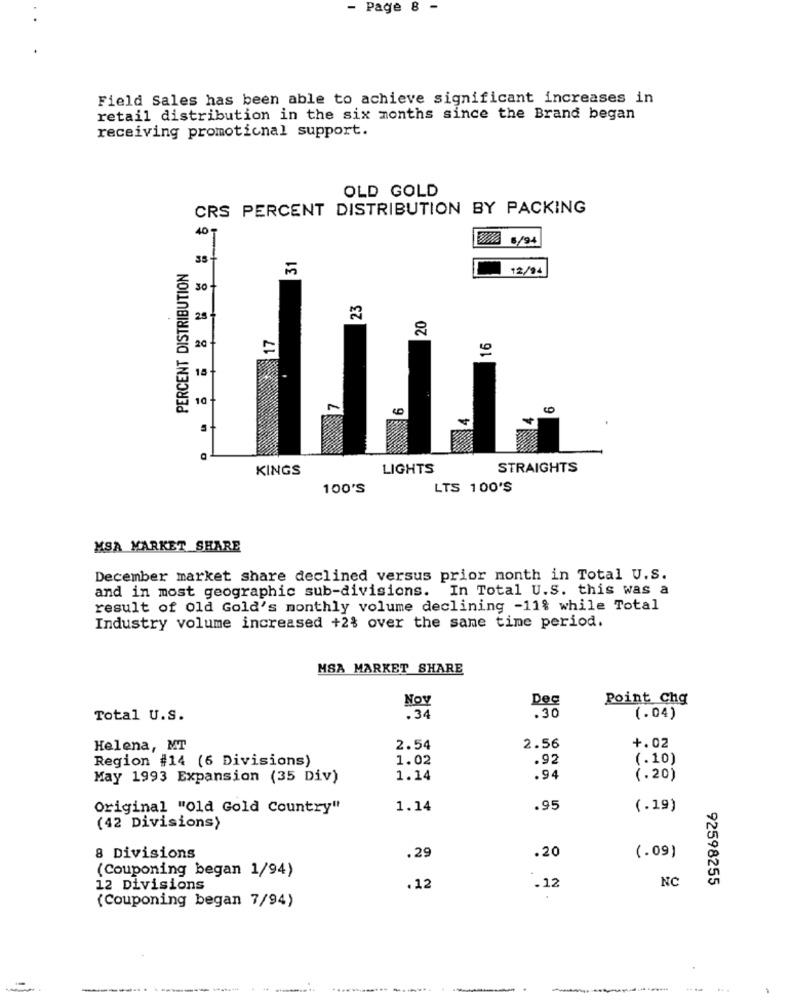
- Page 8 -
Field Sales has been able to achieve significant increases in
retail distribution in the six months since the Brand began
receiving promotional support.
OLD GOLD
CRS PERCENT DISTRIBUTION BY PACKING
40 T
V/A 6/94
3st
31
PERCENT DISTRIBUTION
12/94
30
23
25
20
20
15
10
KINGS
LIGHTS
STRAIGHTS
100'S
LTS 100'S
MSA MARKET SHARE
December market share declined versus prior month in Total U.S.
and in most geographic sub-divisions. In Total U.S. this was a
result of old Gold's monthly volume declining -11% while Total
Industry volume increased +2% over the same time period.
MSA MARKET SHARE
Nov
Dec
Point Chg
Total U.S.
.34
.30
(.04)
+.02
Helena, MT
2.54
2.56
Region #14 (6 Divisions)
1.02
.92
(.10)
May 1993 Expansion (35 Div)
1.14
.94
(.20)
Original "Old Gold Country"
1.14
.95
(.19)
(42 Divisions)
.20
(.09)
8 Divisions
.29
(Couponing began 1/94)
NC
12 Divisions
. 12
.12
92598255
(Couponing began 7/94)
--